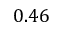
0 . 4 6